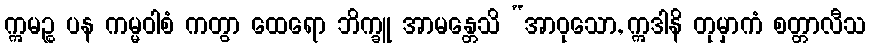
ဣမဉ္စ ပန ကမ္မဝါစံ ကတွာ ထေရော ဘိက္ခူ အာမန္တေသိ “အာဝုသော, ဣဒါနိ တုမှာကံ စတ္တာလီသ